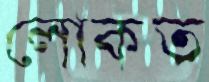
লোকত